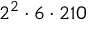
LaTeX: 2 ^ { 2 } \cdot 6 \cdot 2 1 0